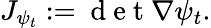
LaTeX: J_{\psi_{t}}:=\mathrm{~d~e~t~}\nabla\psi_{t}.